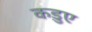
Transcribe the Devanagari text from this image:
कड़ुए